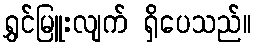
ရွှင်မြူးလျက် ရှိပေသည်။